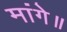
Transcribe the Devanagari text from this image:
मांगे॥